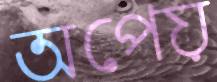
অপেয়